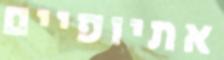
אתיופיים